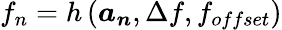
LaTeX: f_{n}=h\left(\boldsymbol{a_{n}},\Delta f,f_{offset}\right)